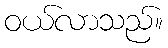
ဝယ်လာသည်။